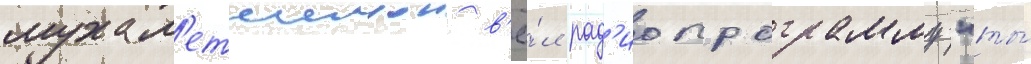
мухам'етшинои в'ё́л рад'иопрограмму "ты́